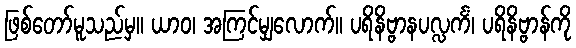
ဖြစ်တော်မူသည်မှ။ ယာဝ၊ အကြင်မျှလောက်။ ပရိနိဗ္ဗာနပလ္လင်္ကံ၊ ပရိနိဗ္ဗာန်ကို